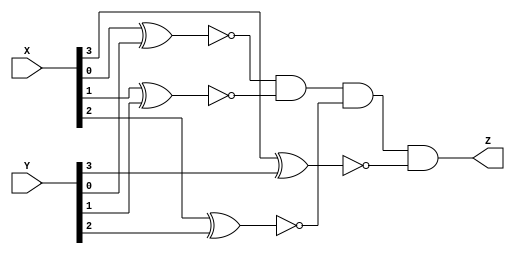
module eq4(X, Y, Z);
    input wire [3:0] X, Y;
    output wire Z;
    
    wire xnor_0, xnor_1, xnor_2, xnor_3;

    assign xnor_0 = ~(X[0] ^ Y[0]);
    assign xnor_1 = ~(X[1] ^ Y[1]);
    assign xnor_2 = ~(X[2] ^ Y[2]);
    assign xnor_3 = ~(X[3] ^ Y[3]);

    assign Z = xnor_0 & xnor_1 & xnor_2 & xnor_3;
endmodule